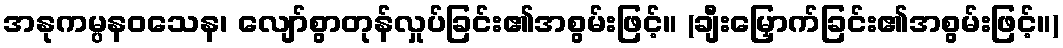
အနုကမ္ပနဝသေန၊ လျော်စွာတုန်လှုပ်ခြင်း၏အစွမ်းဖြင့်။ (ချီးမြှောက်ခြင်း၏အစွမ်းဖြင့်။)